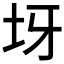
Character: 𡉪